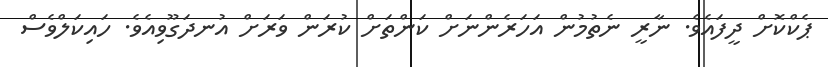
ޕެކްކޮށް ދީފައެވެ. ނާރީ ނެތުމުން އަހަރެންނަށް ކަންތަށް ކުރަން ވަރަށް އުނދަގޫވިއެވެ. ހައިކަލްވެސް